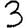
Digit: 2